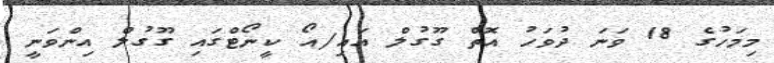
މިމަހުގެ 18 ވަނަ ދުވަހު އޮތް ގޫގުލް އައި/އޯ ކީނޯޓްގައި ގޫގުލް އިންވަނީ